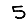
Digit: 5